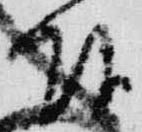
頭